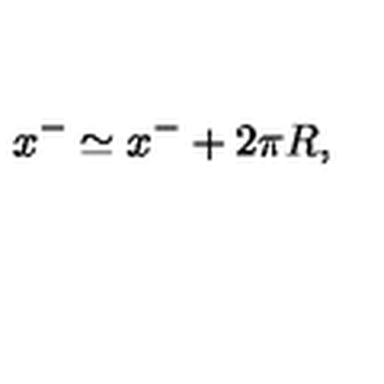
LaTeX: x ^ { - } \simeq x ^ { - } + 2 \pi R ,